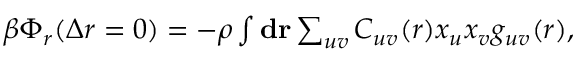
\begin{array} { r } { \beta \Phi _ { r } ( \Delta r = 0 ) = - \rho \int { { \bf { d r } } \sum _ { u v } C _ { u v } ( r ) { x _ { u } x _ { v } } g _ { u v } ( r ) } , } \end{array}